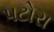
પટોરા